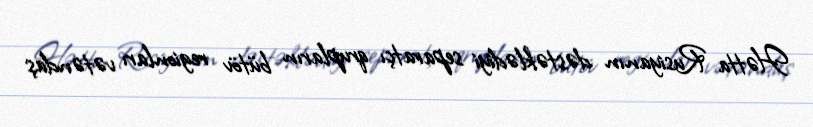
Hətta Rusiyanın dəstəklədiyi separatçı qrupların bütöv regionları vətəndaş